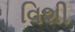
વિશી